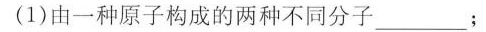
(1)由一种原子构成的两种不同分子____；